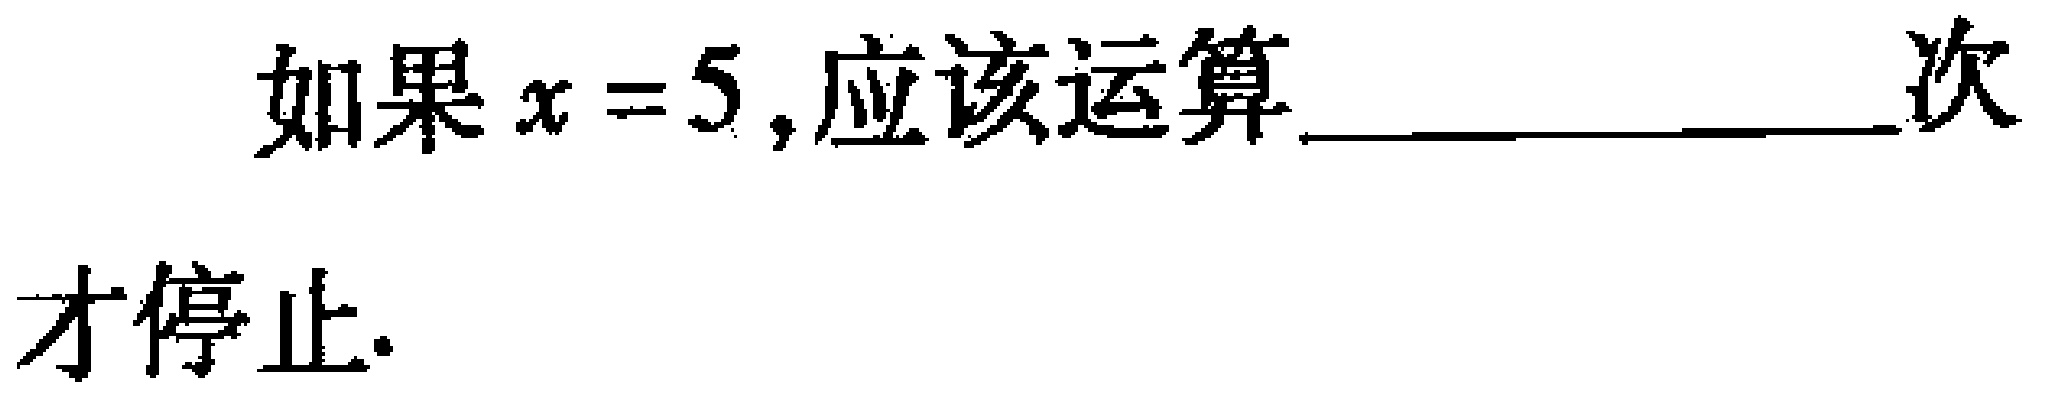
如果\(x = 5\),应该运算____________次

才停止.